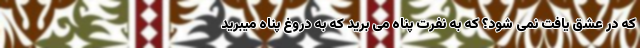
که در عشق یافت نمی شود؟ که به نفرت پناه می برید که به دروغ پناه میبرید